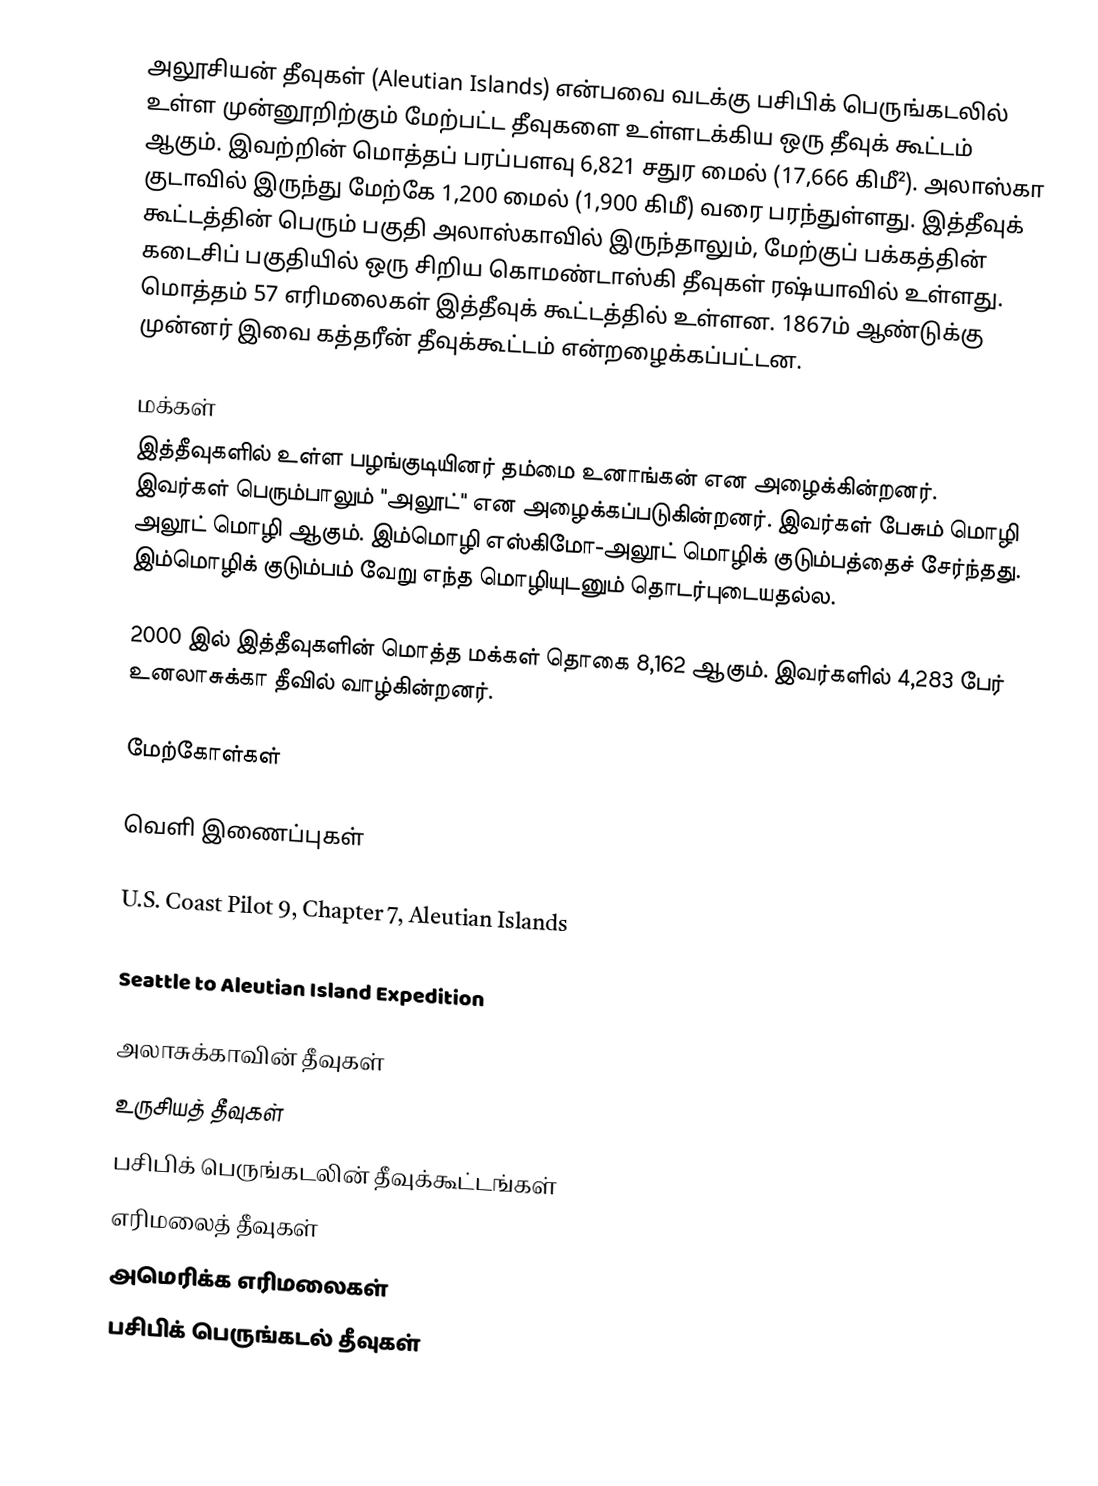
அலூசியன் தீவுகள் (Aleutian Islands) என்பவை வடக்கு பசிபிக் பெருங்கடலில் உள்ள முன்னூறிற்கும் மேற்பட்ட தீவுகளை உள்ளடக்கிய ஒரு தீவுக் கூட்டம் ஆகும். இவற்றின் மொத்தப் பரப்பளவு 6,821 சதுர மைல் (17,666 கிமீ²). அலாஸ்கா குடாவில் இருந்து மேற்கே 1,200 மைல் (1,900 கிமீ) வரை பரந்துள்ளது. இத்தீவுக் கூட்டத்தின் பெரும் பகுதி அலாஸ்காவில் இருந்தாலும், மேற்குப் பக்கத்தின் கடைசிப் பகுதியில் ஒரு சிறிய கொமண்டாஸ்கி தீவுகள் ரஷ்யாவில் உள்ளது. மொத்தம் 57 எரிமலைகள் இத்தீவுக் கூட்டத்தில் உள்ளன. 1867ம் ஆண்டுக்கு முன்னர் இவை கத்தரீன் தீவுக்கூட்டம் என்றழைக்கப்பட்டன.

மக்கள்
இத்தீவுகளில் உள்ள பழங்குடியினர் தம்மை உனாங்கன் என அழைக்கின்றனர். இவர்கள் பெரும்பாலும் "அலூட்" என அழைக்கப்படுகின்றனர். இவர்கள் பேசும் மொழி அலூட் மொழி ஆகும். இம்மொழி எஸ்கிமோ-அலூட் மொழிக் குடும்பத்தைச் சேர்ந்தது. இம்மொழிக் குடும்பம் வேறு எந்த மொழியுடனும் தொடர்புடையதல்ல.

2000 இல் இத்தீவுகளின் மொத்த மக்கள் தொகை 8,162 ஆகும். இவர்களில் 4,283 பேர் உனலாசுக்கா தீவில் வாழ்கின்றனர்.

மேற்கோள்கள்

வெளி இணைப்புகள்

U.S. Coast Pilot 9, Chapter 7, Aleutian Islands

Seattle to Aleutian Island Expedition

அலாசுக்காவின் தீவுகள்
உருசியத் தீவுகள்
பசிபிக் பெருங்கடலின் தீவுக்கூட்டங்கள்
எரிமலைத் தீவுகள்
அமெரிக்க எரிமலைகள்
பசிபிக் பெருங்கடல் தீவுகள்